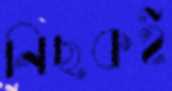
নিছকই